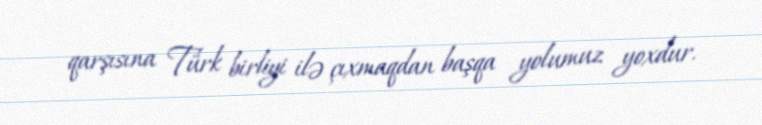
qarşısına Türk birliyi ilə çıxmaqdan başqa yolumuz yoxdur.